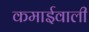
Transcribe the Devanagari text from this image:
कमाईवाली